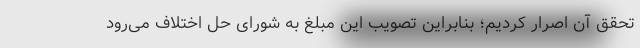
تحقق آن اصرار کردیم؛ بنابراین تصویب این مبلغ به شورای حل اختلاف می‌رود